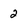
Character: 2